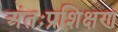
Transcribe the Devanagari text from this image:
अंतःप्रशिक्षण